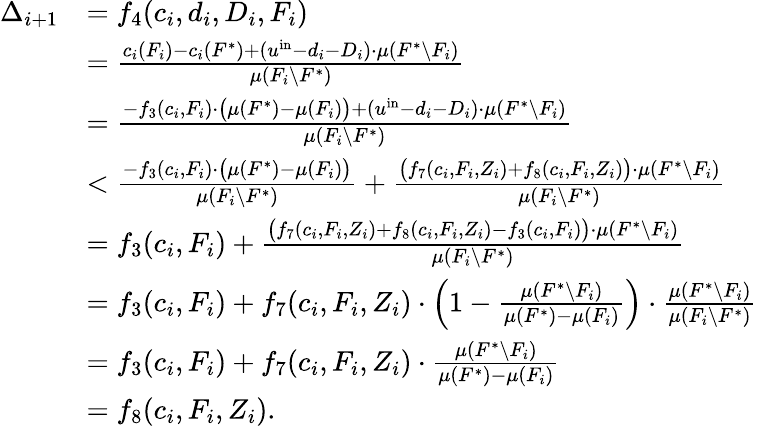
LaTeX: \begin{array}{rl}{\Delta_{i+1}}&{=f_{4}(c_{i},d_{i},D_{i},F_{i})}\\ {}&{=\frac{c_{i}(F_{i})-c_{i}(F^{*})+(u^{\mathrm{in}}-d_{i}-D_{i})\cdot\mu(F^{*}\setminus F_{i})}{\mu(F_{i}\setminus F^{*})}}\\ {}&{=\frac{-f_{3}(c_{i},F_{i})\cdot\big(\mu(F^{*})-\mu(F_{i})\big)+(u^{\mathrm{in}}-d_{i}-D_{i})\cdot\mu(F^{*}\setminus F_{i})}{\mu(F_{i}\setminus F^{*})}}\\ {}&{<\frac{-f_{3}(c_{i},F_{i})\cdot\big(\mu(F^{*})-\mu(F_{i})\big)}{\mu(F_{i}\setminus F^{*})}+\frac{\big(f_{7}(c_{i},F_{i},Z_{i})+f_{8}(c_{i},F_{i},Z_{i})\big)\cdot\mu(F^{*}\setminus F_{i})}{\mu(F_{i}\setminus F^{*})}}\\ {}&{=f_{3}(c_{i},F_{i})+\frac{\big(f_{7}(c_{i},F_{i},Z_{i})+f_{8}(c_{i},F_{i},Z_{i})-f_{3}(c_{i},F_{i})\big)\cdot\mu(F^{*}\setminus F_{i})}{\mu(F_{i}\setminus F^{*})}}\\ {}&{=f_{3}(c_{i},F_{i})+f_{7}(c_{i},F_{i},Z_{i})\cdot\left(1-\frac{\mu(F^{*}\setminus F_{i})}{\mu(F^{*})-\mu(F_{i})}\right)\cdot\frac{\mu(F^{*}\setminus F_{i})}{\mu(F_{i}\setminus F^{*})}}\\ {}&{=f_{3}(c_{i},F_{i})+f_{7}(c_{i},F_{i},Z_{i})\cdot\frac{\mu(F^{*}\setminus F_{i})}{\mu(F^{*})-\mu(F_{i})}}\\ {}&{=f_{8}(c_{i},F_{i},Z_{i}).}\end{array}